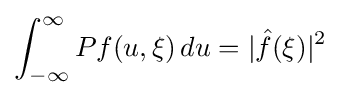
\int _{-\infty }^{\infty }Pf(u,\xi )\,du=|{\hat {f}}(\xi )|^{2}